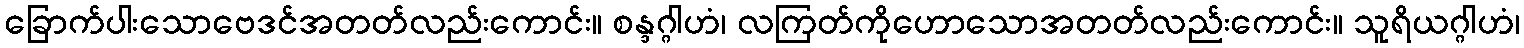
ခြောက်ပါးသောဗေဒင်အတတ်လည်းကောင်း။ စန္ဒဂ္ဂါဟံ၊ လကြတ်ကိုဟောသောအတတ်လည်းကောင်း။ သူရိယဂ္ဂါဟံ၊